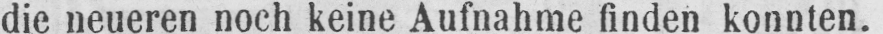
die neueren noch keine Aufnahme finden konnten.